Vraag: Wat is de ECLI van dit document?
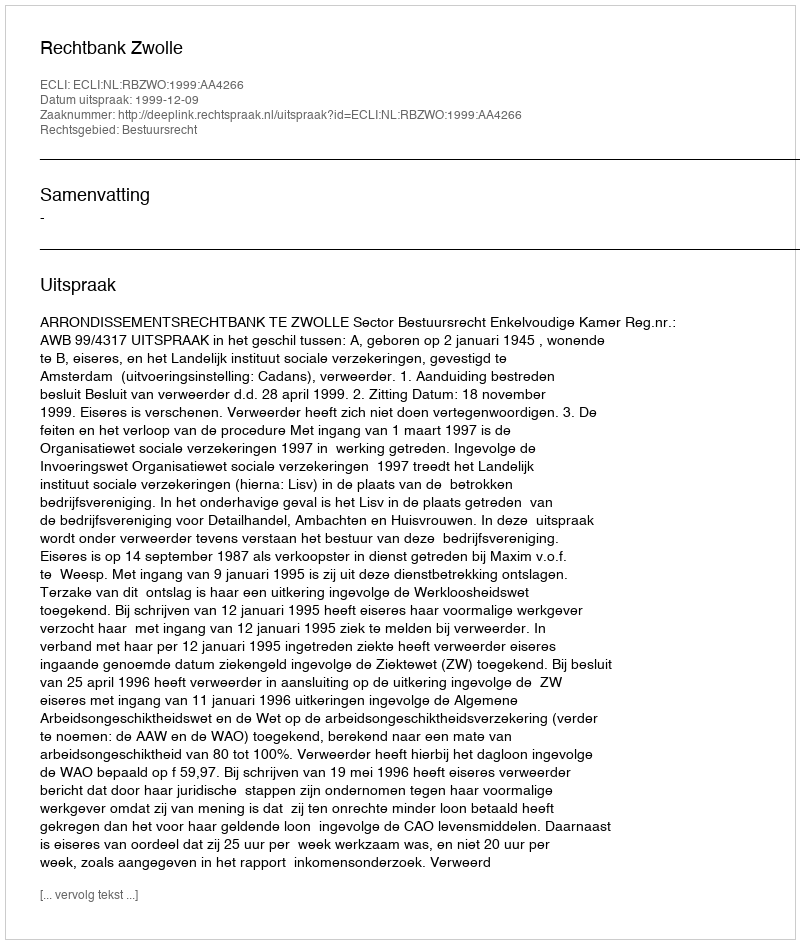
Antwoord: ECLI:NL:RBZWO:1999:AA4266